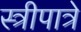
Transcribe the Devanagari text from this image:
स्त्रीपात्रे